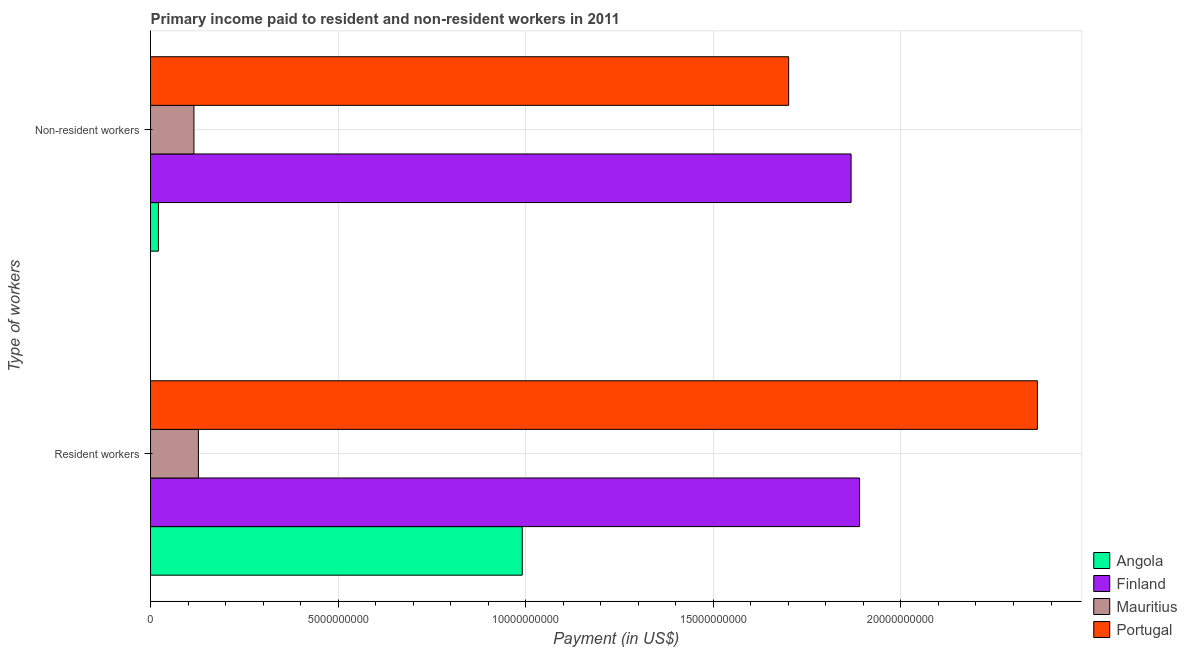
| Type of workers | Angola | Finland | Mauritius | Portugal |
 | --- | --- | --- | --- | --- |
 | Resident workers | 9.91e+09 | 1.89e+10 | 1.28e+09 | 2.36e+10 |
 | Non-resident workers | 2.1e+08 | 1.87e+10 | 1.16e+09 | 1.7e+10 |